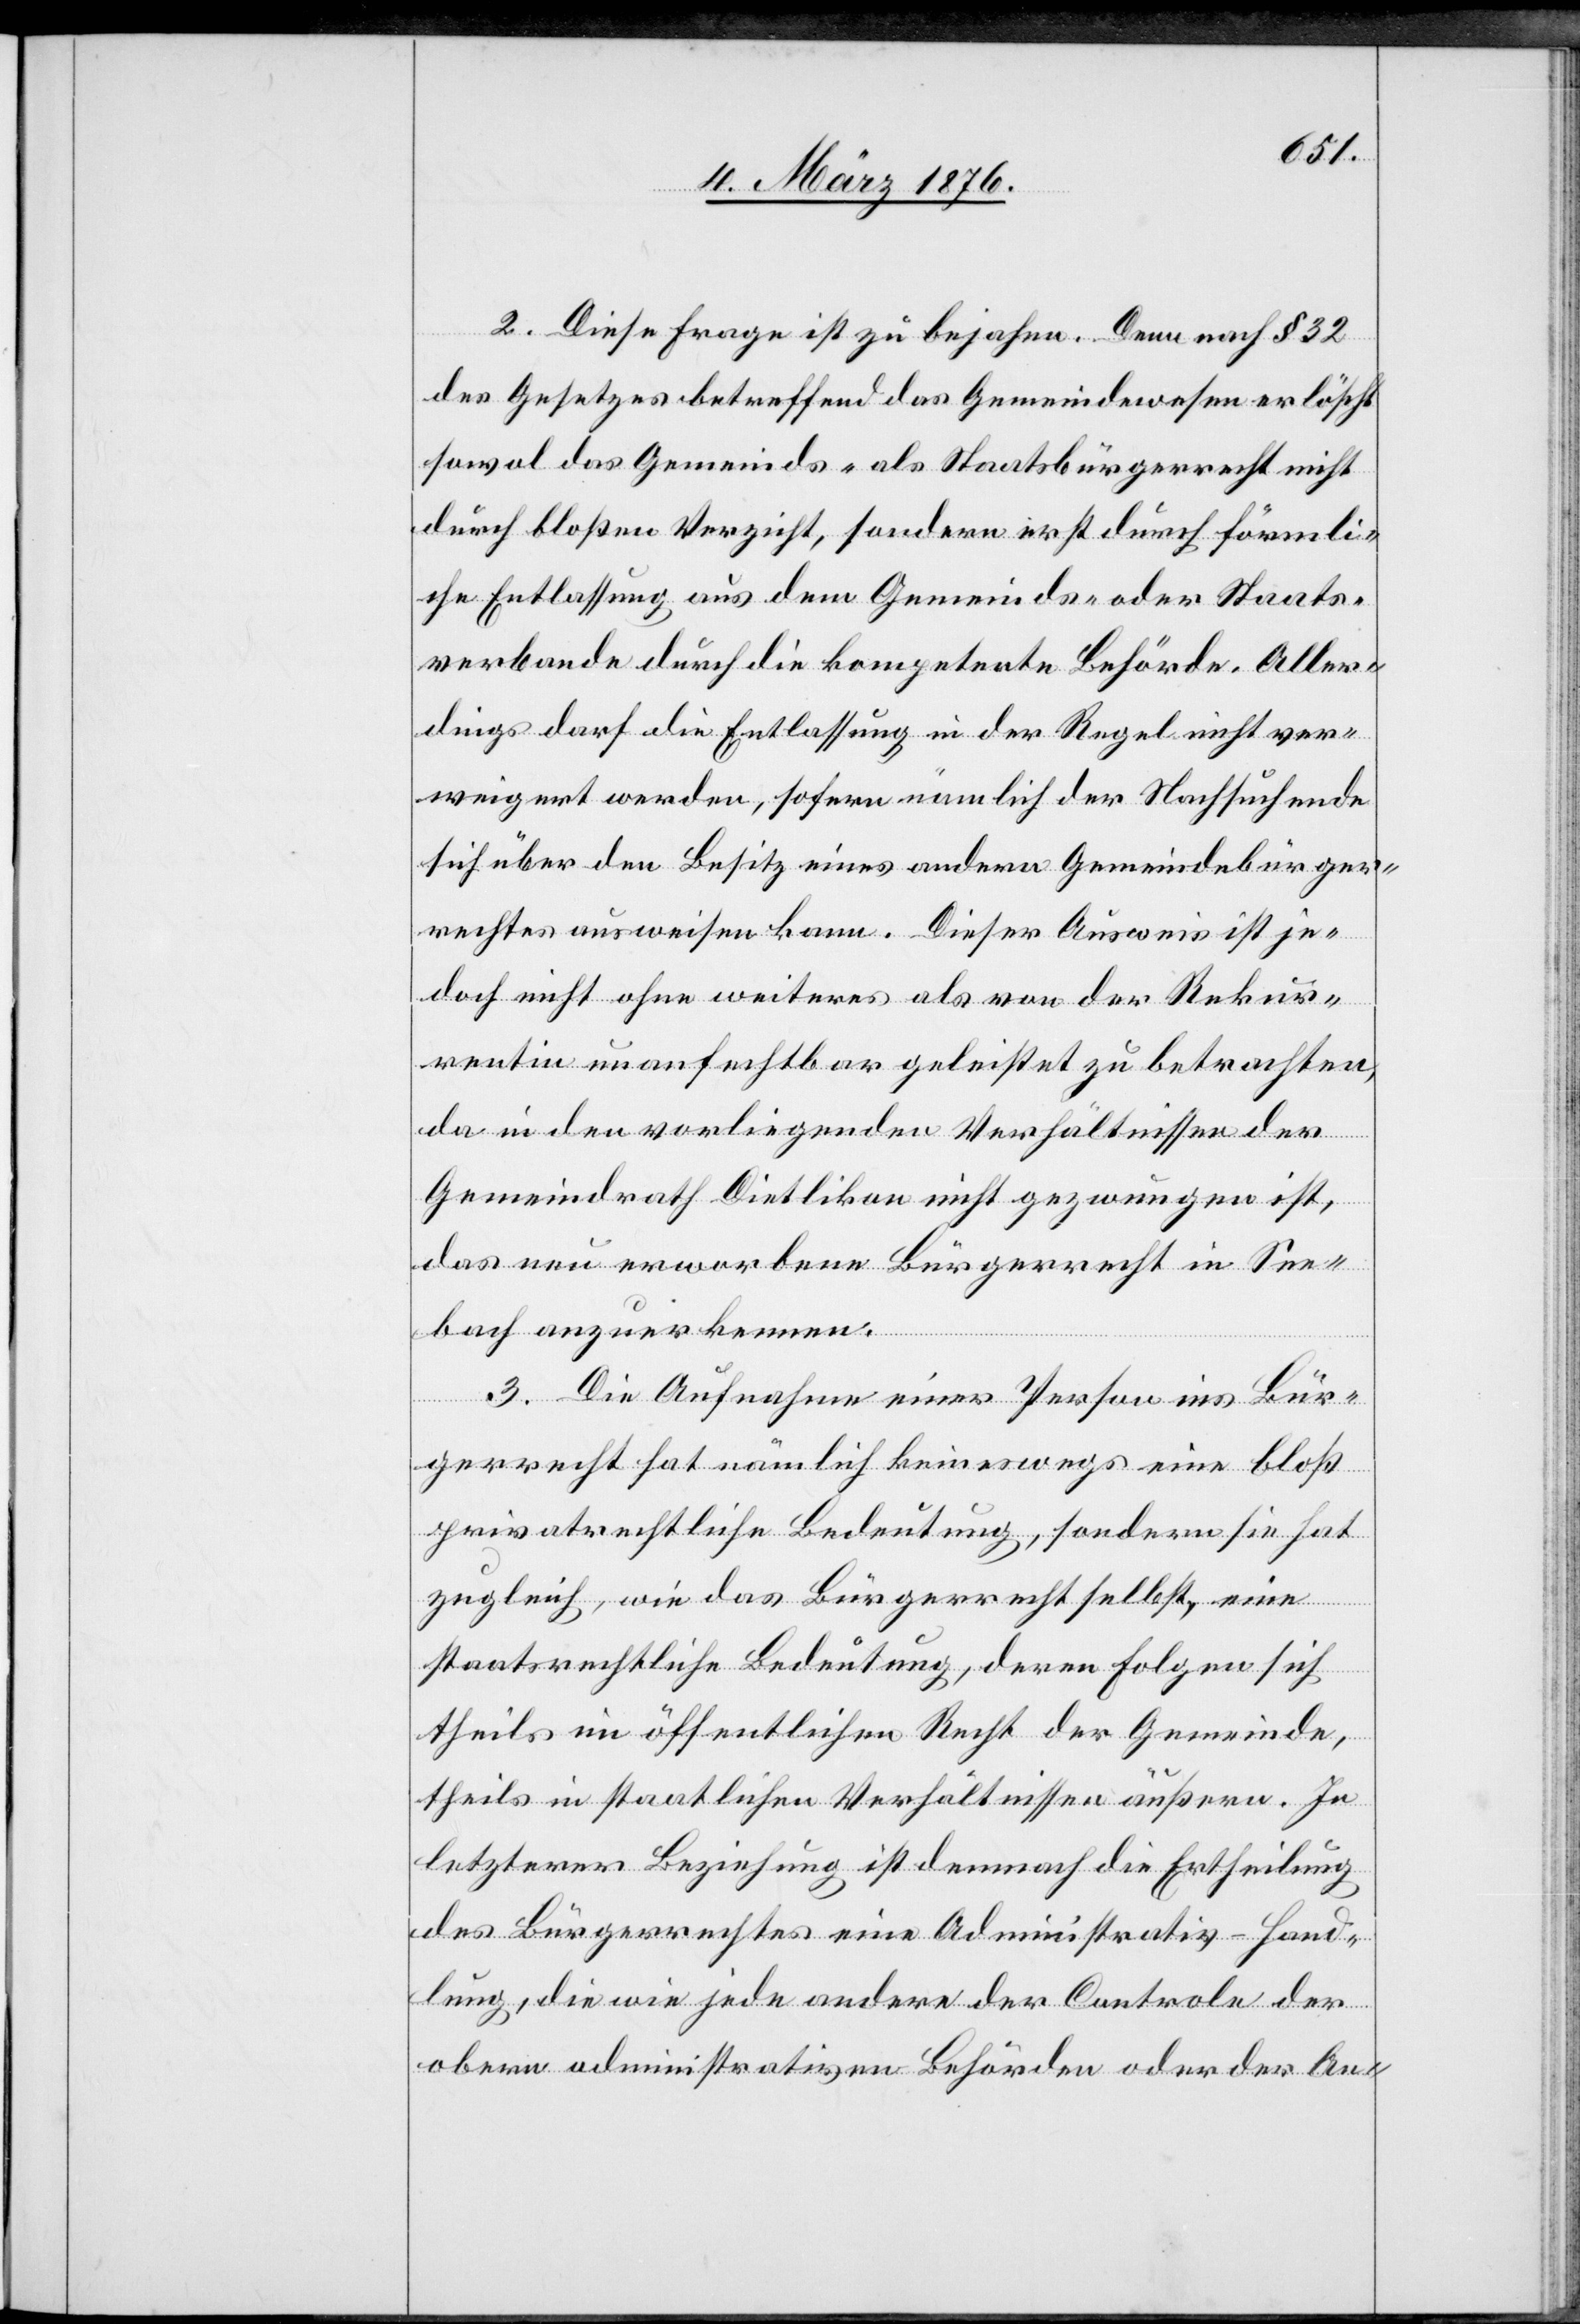
2. Diese Frage ist zu bejahen. Denn nach § 32
des Gesetzes betreffend das Gemeindewesen erlöscht
sowol das Gemeinds- als Staatsbürgerrecht nicht
durch bloßen Verzicht, sondern erst durch förmli¬
che Entlassung aus dem Gemeinds- oder Staats¬
verbande durch die kompetente Behörde. Aller¬
dings darf die Entlassung in der Regel nicht ver¬
weigert werden, sofern nämlich der Nachsuchende
sich über den Besitz eines andern Gemeindebürger¬
rechtes ausweisen kann. Dieser Ausweis ist je¬
doch nicht ohne weiteres als von der Rekur¬
rentin unanfechtbar geleistet zu betrachten,
da in den vorliegenden Verhältnissen der
Gemeindrath Dietlikon nicht gezwungen ist,
das nun erworbene Bürgerrecht in See¬
bach anzuerkennen.
3. Die Aufnahme einer Person ins Bür¬
gerrecht hat nämlich keineswegs eine bloß
privatrechtliche Bedeutung, sondern sie hat
zugleich, wie das Bürgerrecht selbst, eine
staatsrechtliche Bedeutung, deren Folgen sich
theils im öffentlichen Recht der Gemeinde,
theils in staatlichen Verhältnissen äußern. In
letzterer Beziehung ist demnach die Ertheilung
des Bürgerrechtes eine Administrativ-Hand¬
lung, die wie jede andere der Centrale der
obern administrativen Behörden oder der An-